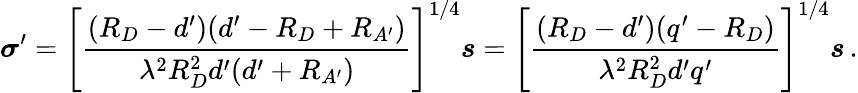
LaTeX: \boldsymbol\sigma^{\prime}=\left[{\frac{(R_{D}-d^{\prime})(d^{\prime}-R_{D}+R_{A^{\prime}})}{\lambda^{2}R_{D}^{2}d^{\prime}(d^{\prime}+R_{A^{\prime}})}}\right]^{1/4}\boldsymbol s=\left[{\frac{(R_{D}-d^{\prime})(q^{\prime}-R_{D})}{\lambda^{2}R_{D}^{2}d^{\prime}q^{\prime}}}\right]^{1/4}\boldsymbol s\, .